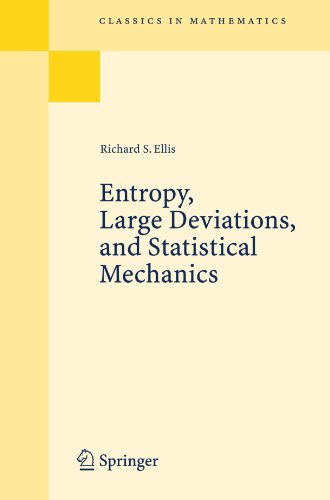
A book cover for Entropy, Large Deviations, and Statistical Mechanics (Classics in Mathematics); Richard Ellis; Science & Math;